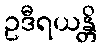
ဥဒီရယန္တိ